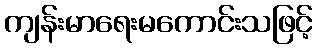
ကျန်းမာရေးမကောင်းသဖြင့်